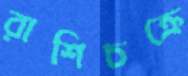
রাশিচক্রে